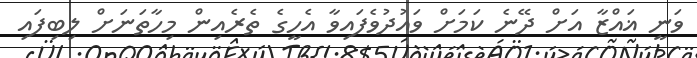
ވަނީ ޣައްޒާ އަށް ދޭނެ ކަމަށް ވައުދުވެފައިވާ އެހީގެ ތެރެއިން މިހާތަނަށް ލިބިފައި